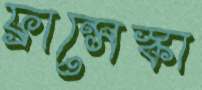
ফ্রান্সেস্কা